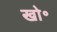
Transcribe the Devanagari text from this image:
खो॰